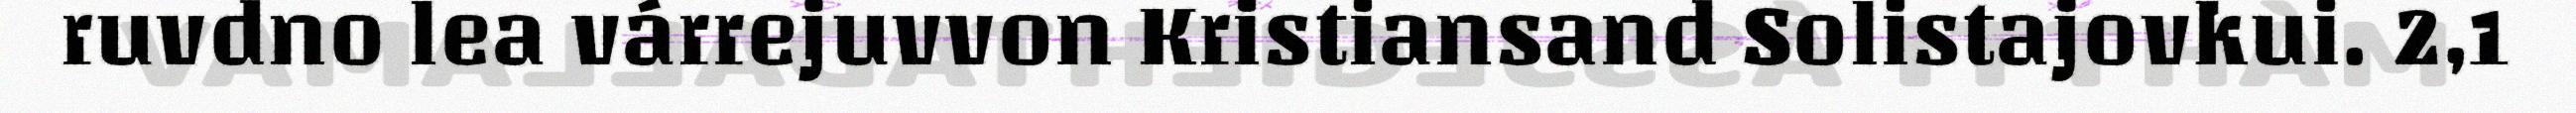
ruvdno lea várrejuvvon Kristiansand Solistajovkui. 2,1